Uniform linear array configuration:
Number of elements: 24
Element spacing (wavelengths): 0.5
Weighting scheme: binomial
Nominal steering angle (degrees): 30
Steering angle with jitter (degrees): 28.88
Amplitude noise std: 0.05
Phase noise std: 0.05

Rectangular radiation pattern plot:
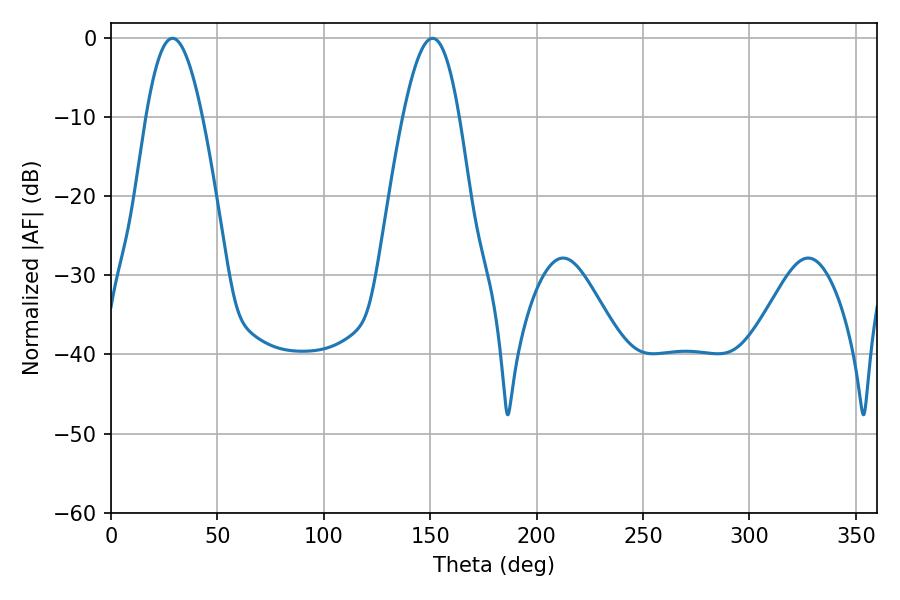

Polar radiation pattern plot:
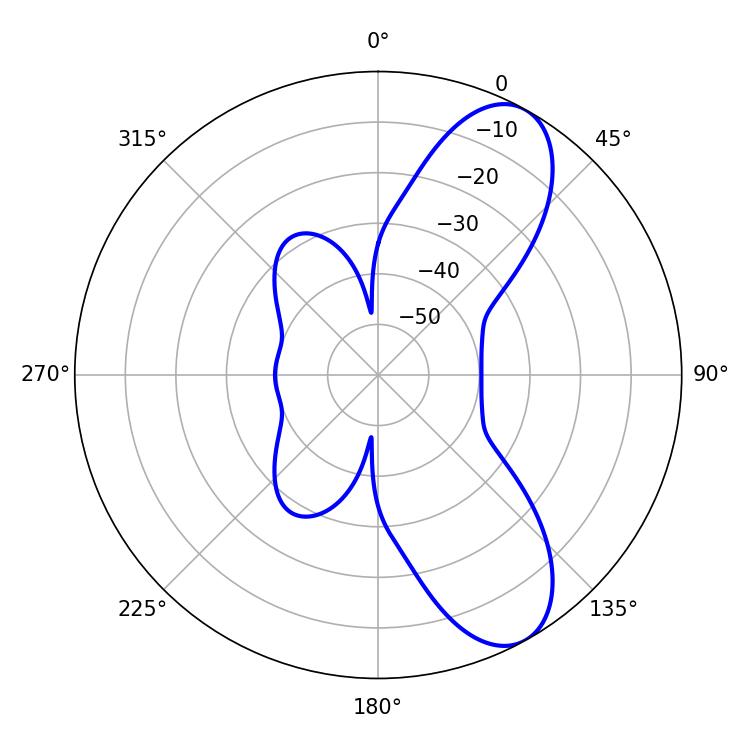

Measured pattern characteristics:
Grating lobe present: FALSE
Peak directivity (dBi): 8.796
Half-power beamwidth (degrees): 14.4
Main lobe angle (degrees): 28.98